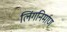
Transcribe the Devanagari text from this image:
लिंगनिर्माण